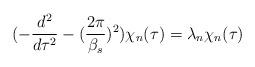
LaTeX: \begin{align*}(-\frac{d^2}{d\tau^2} - (\frac{2\pi}{\beta_s})^2 ) \chi_n(\tau) = \lambda_n \chi_n (\tau)\end{align*}